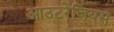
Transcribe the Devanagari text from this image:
आउटरेजियस